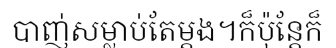
បាញ់សម្លាប់តែម្តង។ក៏ប៉ុន្តែក៏